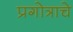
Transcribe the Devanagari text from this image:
प्रगोत्राचे